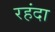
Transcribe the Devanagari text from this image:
रहंदा